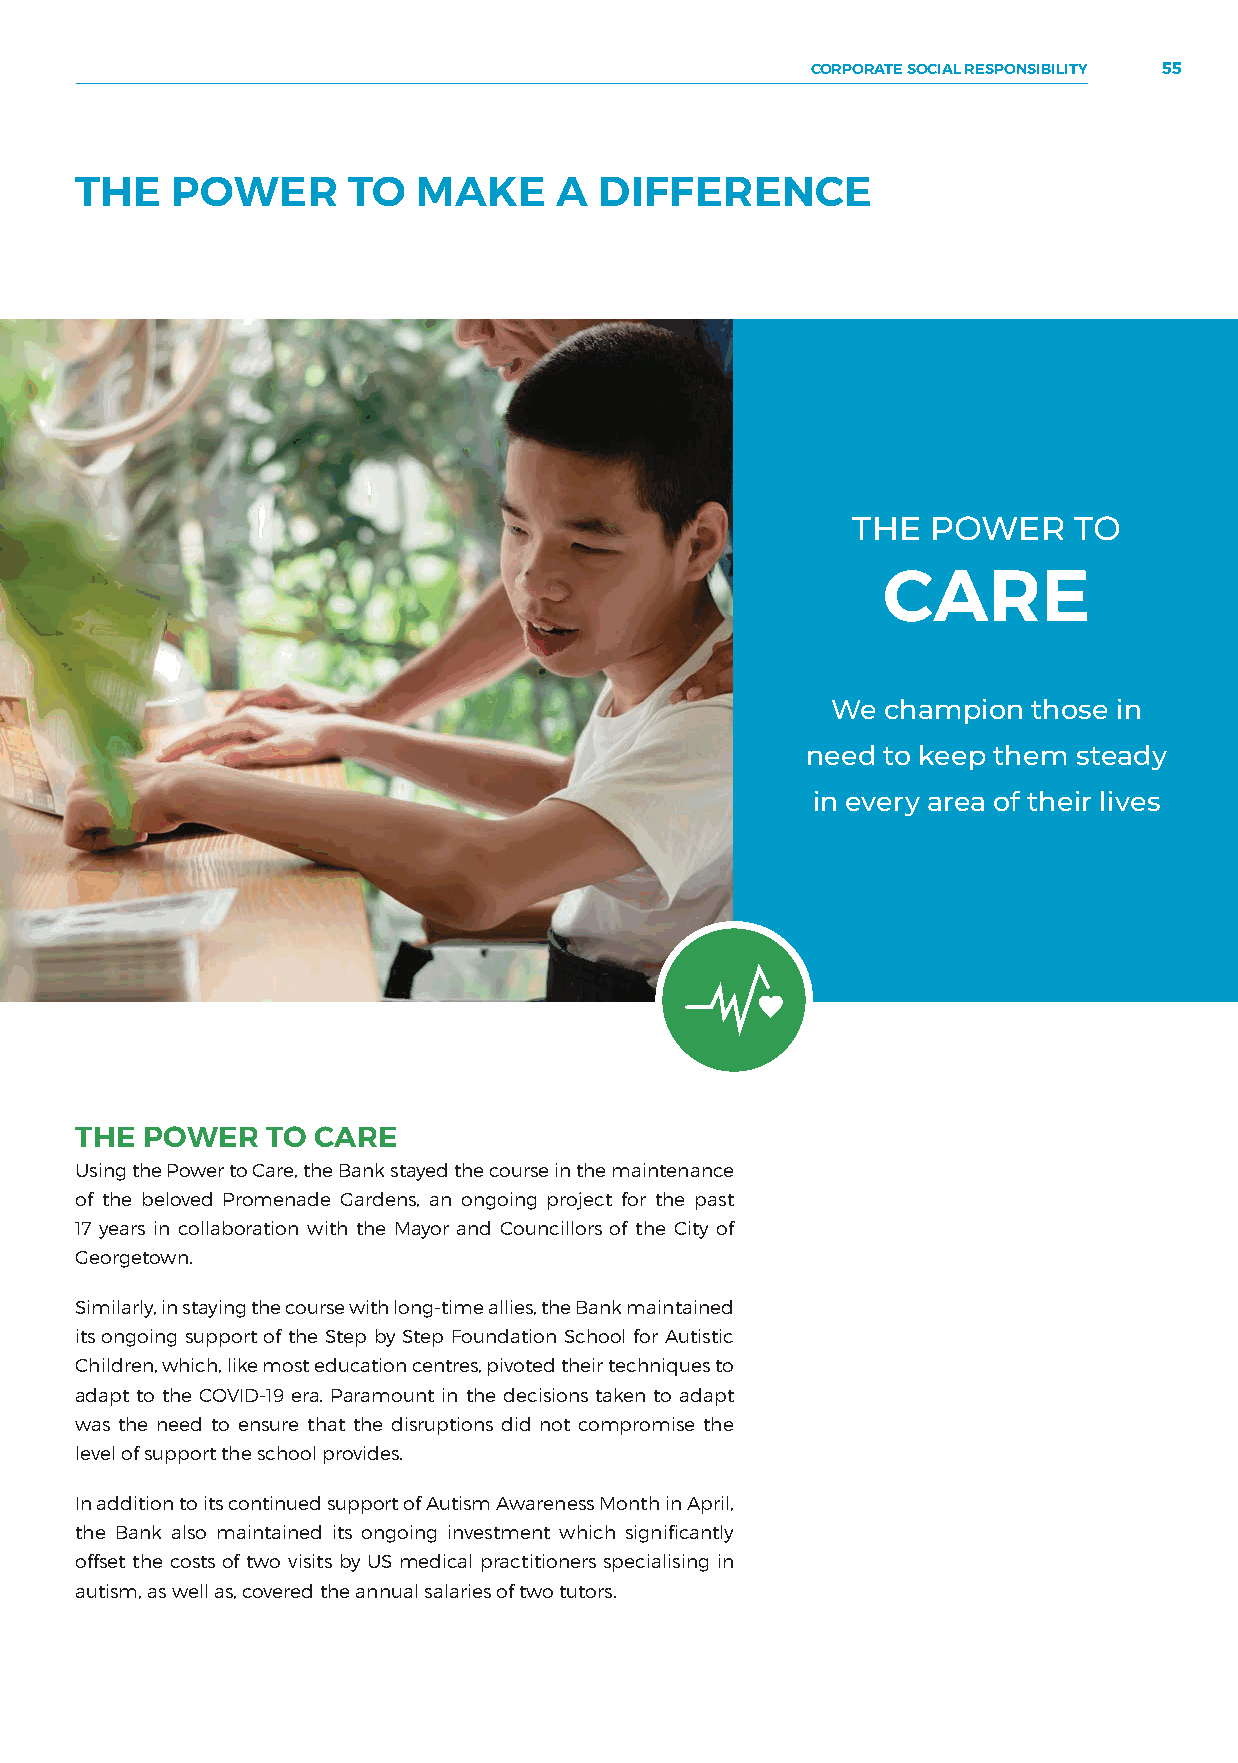
CORPORATE SOCIAL RESPONSIBILITY 55
 THE   POWER       TO   MAKE     A  DIFFERENCE
 THE   POWER    TO
 CARE
 We  champion those in
 need to keep them steady
 in every area of their lives
 THE POWER    TO CARE
 Using the Power to Care, the Bank stayed the course in the maintenance
 of the beloved Promenade Gardens, an ongoing project for the past
 17 years in collaboration with the Mayor and Councillors of the City of
 Georgetown.
 Similarly, in staying the course with long-time allies, the Bank maintained
 its ongoing support of the Step by Step Foundation School for Autistic
 Children, which, like most education centres, pivoted their techniques to
 adapt to the COVID-19 era. Paramount in the decisions taken to adapt
 was the need to ensure that the disruptions did not compromise the
 level of support the school provides.
 In addition to its continued support of Autism Awareness Month in April,
 the Bank also maintained its ongoing investment which significantly
 offset the costs of two visits by US medical practitioners specialising in
 autism, as well as, covered the annual salaries of two tutors.